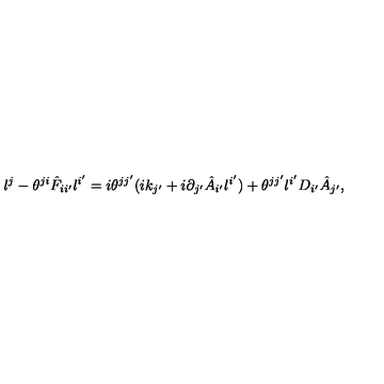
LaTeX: l ^ { j } - \theta ^ { j i } \hat { F } _ { i i ^ { \prime } } l ^ { i ^ { \prime } } = i \theta ^ { j j ^ { \prime } } ( i k _ { j ^ { \prime } } + i \partial _ { j ^ { \prime } } \hat { A } _ { i ^ { \prime } } l ^ { i ^ { \prime } } ) + \theta ^ { j j ^ { \prime } } l ^ { i ^ { \prime } } D _ { i ^ { \prime } } \hat { A } _ { j ^ { \prime } } ,